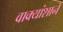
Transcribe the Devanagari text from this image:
वाक्यांशाने